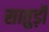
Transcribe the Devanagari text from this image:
सातुड़ी